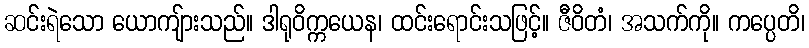
ဆင်းရဲသော ယောကျ်ားသည်။ ဒါရုဝိက္ကယေန၊ ထင်းရောင်းသဖြင့်။ ဇီဝိတံ၊ အသက်ကို။ ကပ္ပေတိ၊